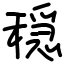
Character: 穏